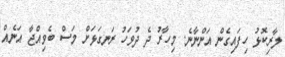
ލާރިކޮޅު ހިފައިގެން އަންނާނެ. މިހާރު ދެ ދުވަހު ރަނގަޅަށް މަސް ބެވިއްޖާ އަނެއް